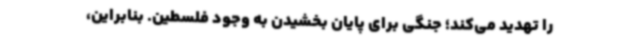
را تهدید می‌کند؛ جنگی برای پایان بخشیدن به وجود فلسطین. بنابراین،